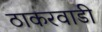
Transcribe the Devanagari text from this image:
ठाकरवाडी